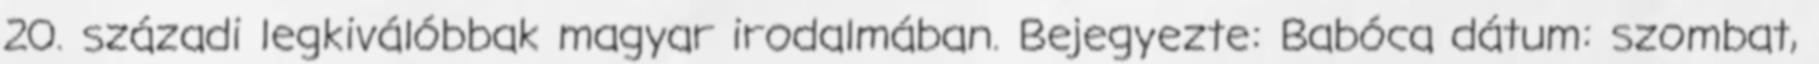
20. századi legkiválóbbak magyar irodalmában. Bejegyezte: Babóca dátum: szombat,